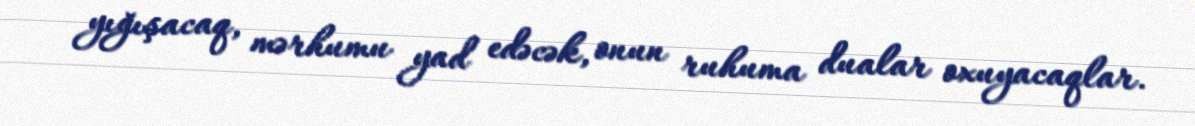
yığışacaq, mərhumu yad edəcək, onun ruhuma dualar oxuyacaqlar.